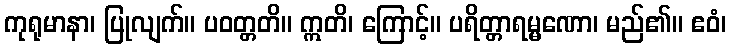
ကုရုမာနာ၊ ပြုလျက်။ ပဝတ္တတိ။ ဣတိ၊ ကြောင့်။ ပရိတ္တာရမ္မဏော၊ မည်၏။ ဧဝံ၊